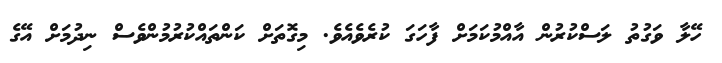
ހޭލާ ވަގުތު ލަސްކުރުން އާއްމުކަމަށް ފާހަގަ ކުރެވެއެވެ. މިގޮތަށް ކަންތައްކުރުމުންވެސް ނިދުމަށް އޭގެ